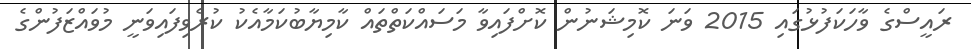
ރައީސްގެ ވާހަކަފުޅުގައި 2015 ވަނަ ކޮމިޝަނުން ކޮށްފައިވާ މަސައްކަތްތައް ކާމިޔާބުކަމާއެކު ކުރެވިފައިވަނީ މުވައްޒަފުންގެ